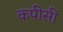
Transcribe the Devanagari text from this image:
कपीसी